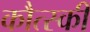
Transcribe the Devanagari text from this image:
कौत्स्की